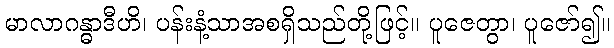
မာလာဂန္ဓာဒီဟိ၊ ပန်းနံ့သာအစရှိသည်တို့ဖြင့်။ ပူဇေတွာ၊ ပူဇော်၍။